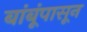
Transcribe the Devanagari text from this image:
बांबूंपासून